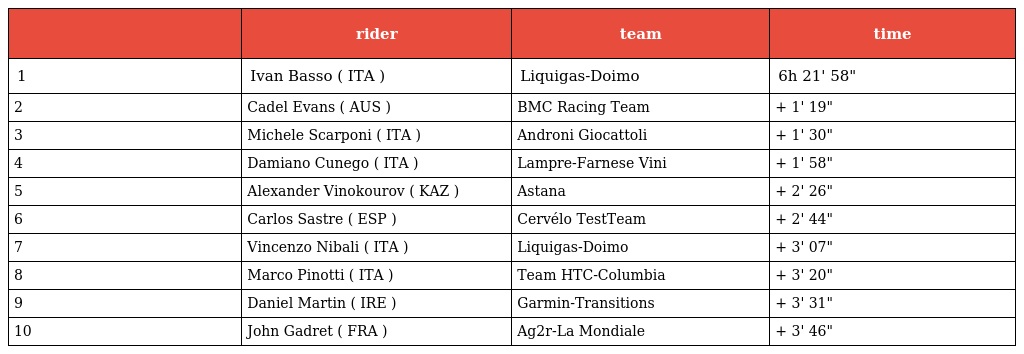
|  | rider | team | time |
 | --- | --- | --- | --- |
 | 1 | Ivan Basso ( ITA ) | Liquigas-Doimo | 6h 21' 58" |
 | 2 | Cadel Evans ( AUS ) | BMC Racing Team | + 1' 19" |
 | 3 | Michele Scarponi ( ITA ) | Androni Giocattoli | + 1' 30" |
 | 4 | Damiano Cunego ( ITA ) | Lampre-Farnese Vini | + 1' 58" |
 | 5 | Alexander Vinokourov ( KAZ ) | Astana | + 2' 26" |
 | 6 | Carlos Sastre ( ESP ) | Cervélo TestTeam | + 2' 44" |
 | 7 | Vincenzo Nibali ( ITA ) | Liquigas-Doimo | + 3' 07" |
 | 8 | Marco Pinotti ( ITA ) | Team HTC-Columbia | + 3' 20" |
 | 9 | Daniel Martin ( IRE ) | Garmin-Transitions | + 3' 31" |
 | 10 | John Gadret ( FRA ) | Ag2r-La Mondiale | + 3' 46" |